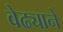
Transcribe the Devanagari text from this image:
वेढ्याने